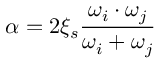
\alpha = 2 \xi _ { s } \frac { \omega _ { i } \cdot \omega _ { j } } { \omega _ { i } + \omega _ { j } }